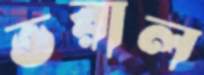
ভরাল